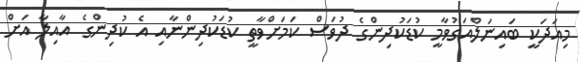
މިއަދަކީ ބައިނަލްއަގުވާމީ ކުޑަކުދިންގެ ދުވަސް ކަމަށްވާތީ ކުޑަކުދިންނާއި އެ ކުދިންގެ އާއިލާ އަށް